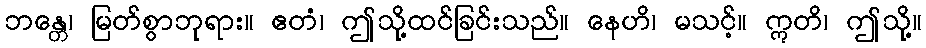
ဘန္တေ၊ မြတ်စွာဘုရား။ ဧတံ၊ ဤသို့ထင်ခြင်းသည်။ နေဟိ၊ မသင့်။ ဣတိ၊ ဤသို့။